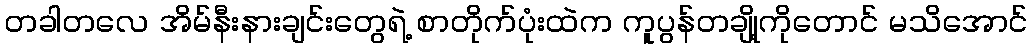
တခါတလေ အိမ်နီးနားချင်းတွေရဲ့ စာတိုက်ပုံးထဲက ကူပွန်တချို့ကိုတောင် မသိအောင်